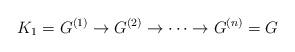
LaTeX: \begin{align*}K_1=G^{(1)} \rightarrow G^{(2)} \rightarrow \cdots \rightarrow G^{(n)}=G\end{align*}